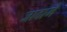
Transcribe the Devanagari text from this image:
जादामे